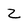
Character: Z